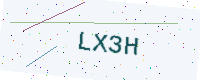
Text: LX3H